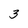
Character: 3